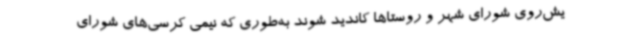
یش‌روی شورای شهر و روستاها کاندید شوند به‌طوری که نیمی کرسی‌های شورای